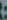
: